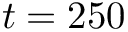
t = 2 5 0